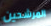
المرشحين